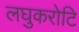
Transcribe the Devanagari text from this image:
लघुकरोटि